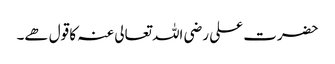
حضرت علی رضی اللہ تعالی عنہ کا قول ھے۔